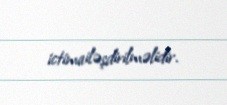
ictimailəşdirilməlidir.